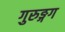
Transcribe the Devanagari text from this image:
गुरुङ्गग